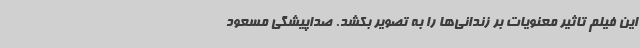
این فیلم تاثیر معنویات بر زندانی‌ها را به تصویر بکشد. صداپیشگی مسعود